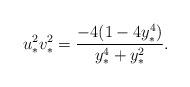
LaTeX: \begin{align*}u_{*}^2v_{*}^2 = \frac{-4(1-4y_{*}^4)}{y_{*}^4+y_{*}^2}.\end{align*}